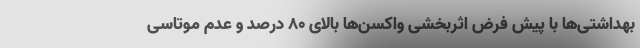
بهداشتی‌ها با پیش فرض اثربخشی واکسن‌ها بالای ۸۰ درصد و عدم موتاسی